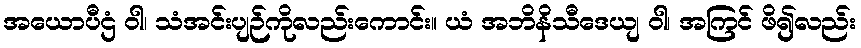
အယောပီဌံ ဝါ၊ သံအင်းပျဉ်ကိုလည်းကောင်း။ ယံ အဘိနိသီဒေယျ ဝါ၊ အကြင် ဖိ၍လည်း